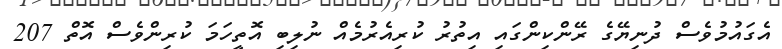
އެގައުމުވެސް ދުނިޔޭގެ ރޭންކިންގައި އިތުރު ކުރިއެރުމެއް ނުލިބި އޮތީހަމަ ކުރިންވެސް އޮތް 207